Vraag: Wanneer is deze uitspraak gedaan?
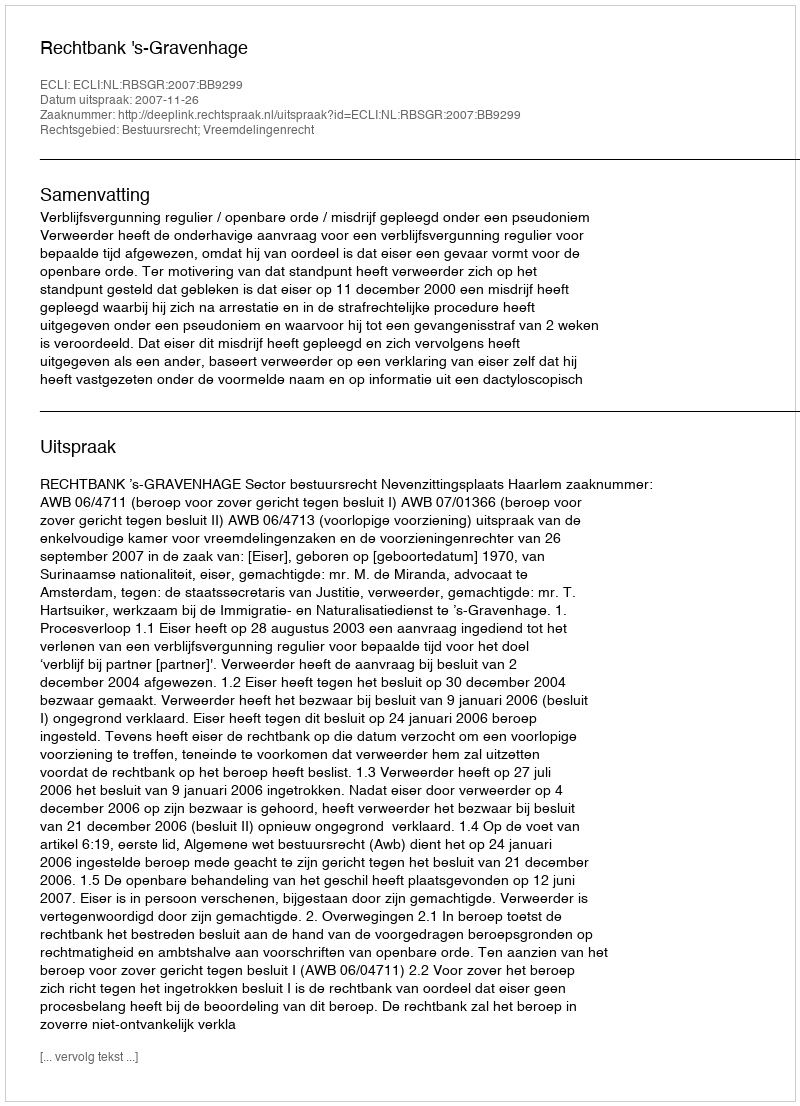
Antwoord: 2007-11-26